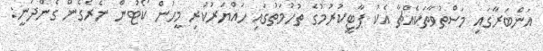
އަންބަރާގައި މަސްތުވާތަކެއްޗާ އެކު ޕާޓީކުރުމުގެ ތުހުމަތުގައި ހައްޔަރުކުރި މީހުން ކޯޓުން ނެރެގެން ގެންދަނީ: